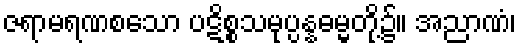
ဇရာမရဏစသော ပဋိစ္စသမုပ္ပန္နဓမ္မတို့၌။ အညာဏံ၊